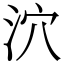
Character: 泬